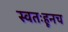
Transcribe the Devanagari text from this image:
स्वतःहूनच